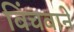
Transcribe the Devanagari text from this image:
विंचवाने